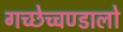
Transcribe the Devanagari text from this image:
गच्छेच्चण्डालो